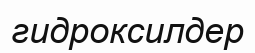
гидроксилдер